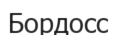
Бордосс